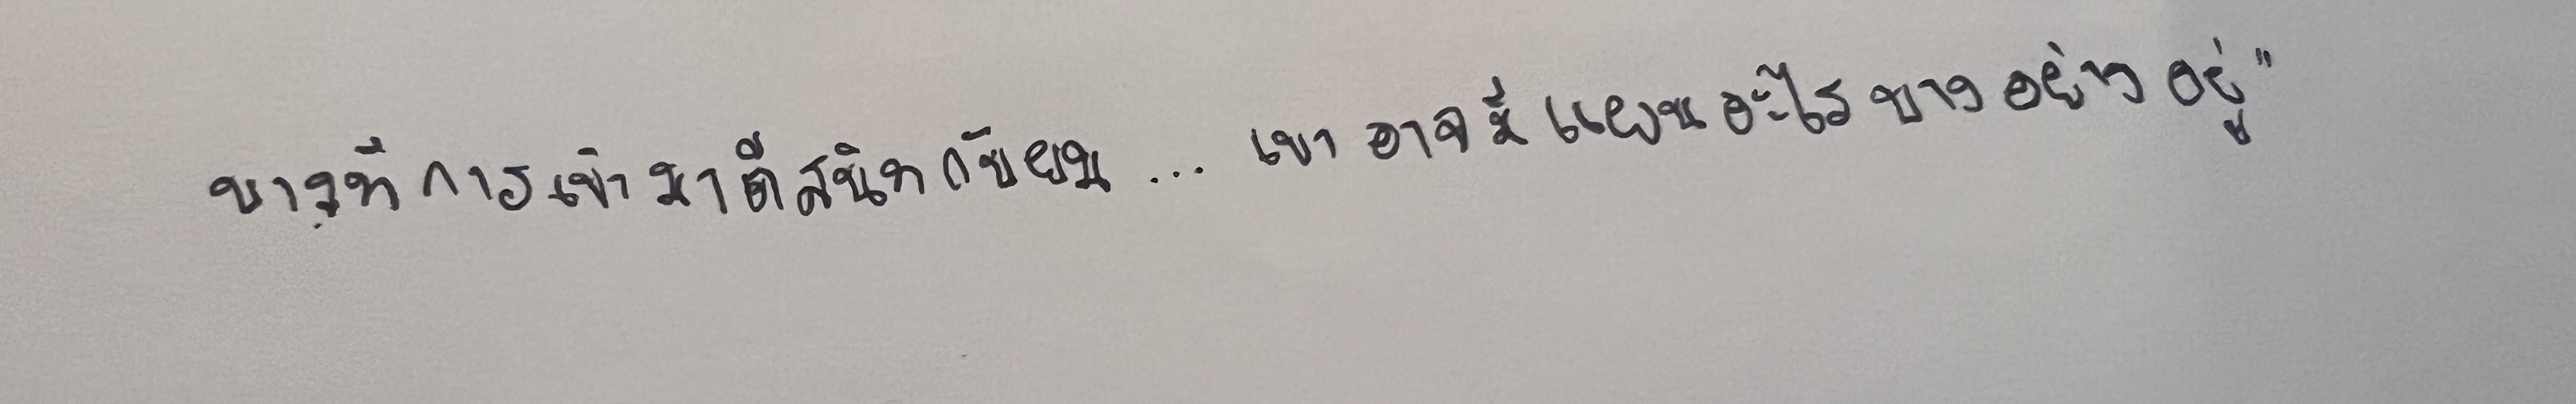
บางทีการเข้ามาตีสนิทกับผม...เขาอาจมีแผนอะไรบางอย่างอยู่"